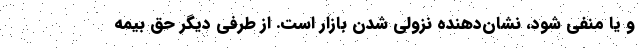
و یا منفی شود، نشان‌دهنده نزولی شدن بازار است. از طرفی دیگر حق بیمه